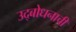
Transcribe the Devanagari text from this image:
उद्बोधनाची